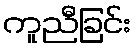
ကူညီခြင်း